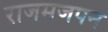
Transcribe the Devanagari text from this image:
राजमजपन